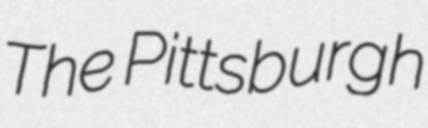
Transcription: The Pittsburgh